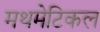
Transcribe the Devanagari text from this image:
मथमेटिकल